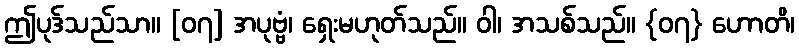
ဤပုဒ်သည်သာ။ [၀၇] အပုဗ္ဗံ၊ ရှေးမဟုတ်သည်။ ဝါ၊ အသစ်သည်။ {၀၇} ဟောတိ၊